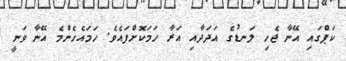
ކަޕްގައި އޭނާ ޖެހި ލަނޑުގެ އަދަދާއި އަރާ ހަމަކޮށްފައެވެ. ހަމައެހެންމެ އޭނާ ވަނީ